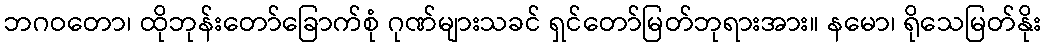
ဘဂဝတော၊ ထိုဘုန်းတော်ခြောက်စုံ ဂုဏ်များသခင် ရှင်တော်မြတ်ဘုရားအား။ နမော၊ ရိုသေမြတ်နိုး